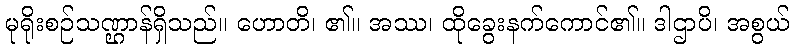
မုရိုးစဉ်သဏ္ဌာန်ရှိသည်။ ဟောတိ၊ ၏။ အဿ၊ ထိုခွေးနက်ကောင်၏။ ဒါဌာပိ၊ အစွယ်